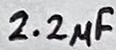
Text: 2.2µF